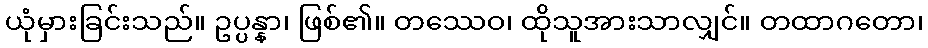
ယုံမှားခြင်းသည်။ ဥပ္ပန္နာ၊ ဖြစ်၏။ တဿေဝ၊ ထိုသူအားသာလျှင်။ တထာဂတော၊